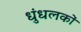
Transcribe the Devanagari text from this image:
धुंधलकों